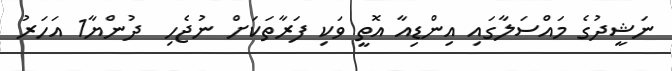
ނަޝީދުގެ މައްސަލާގައި އިންޑިއާ އޮތީ ވަކި ފަރާތަކަށް ނުޖެހި  ދުންޔާ1 އަހަރު